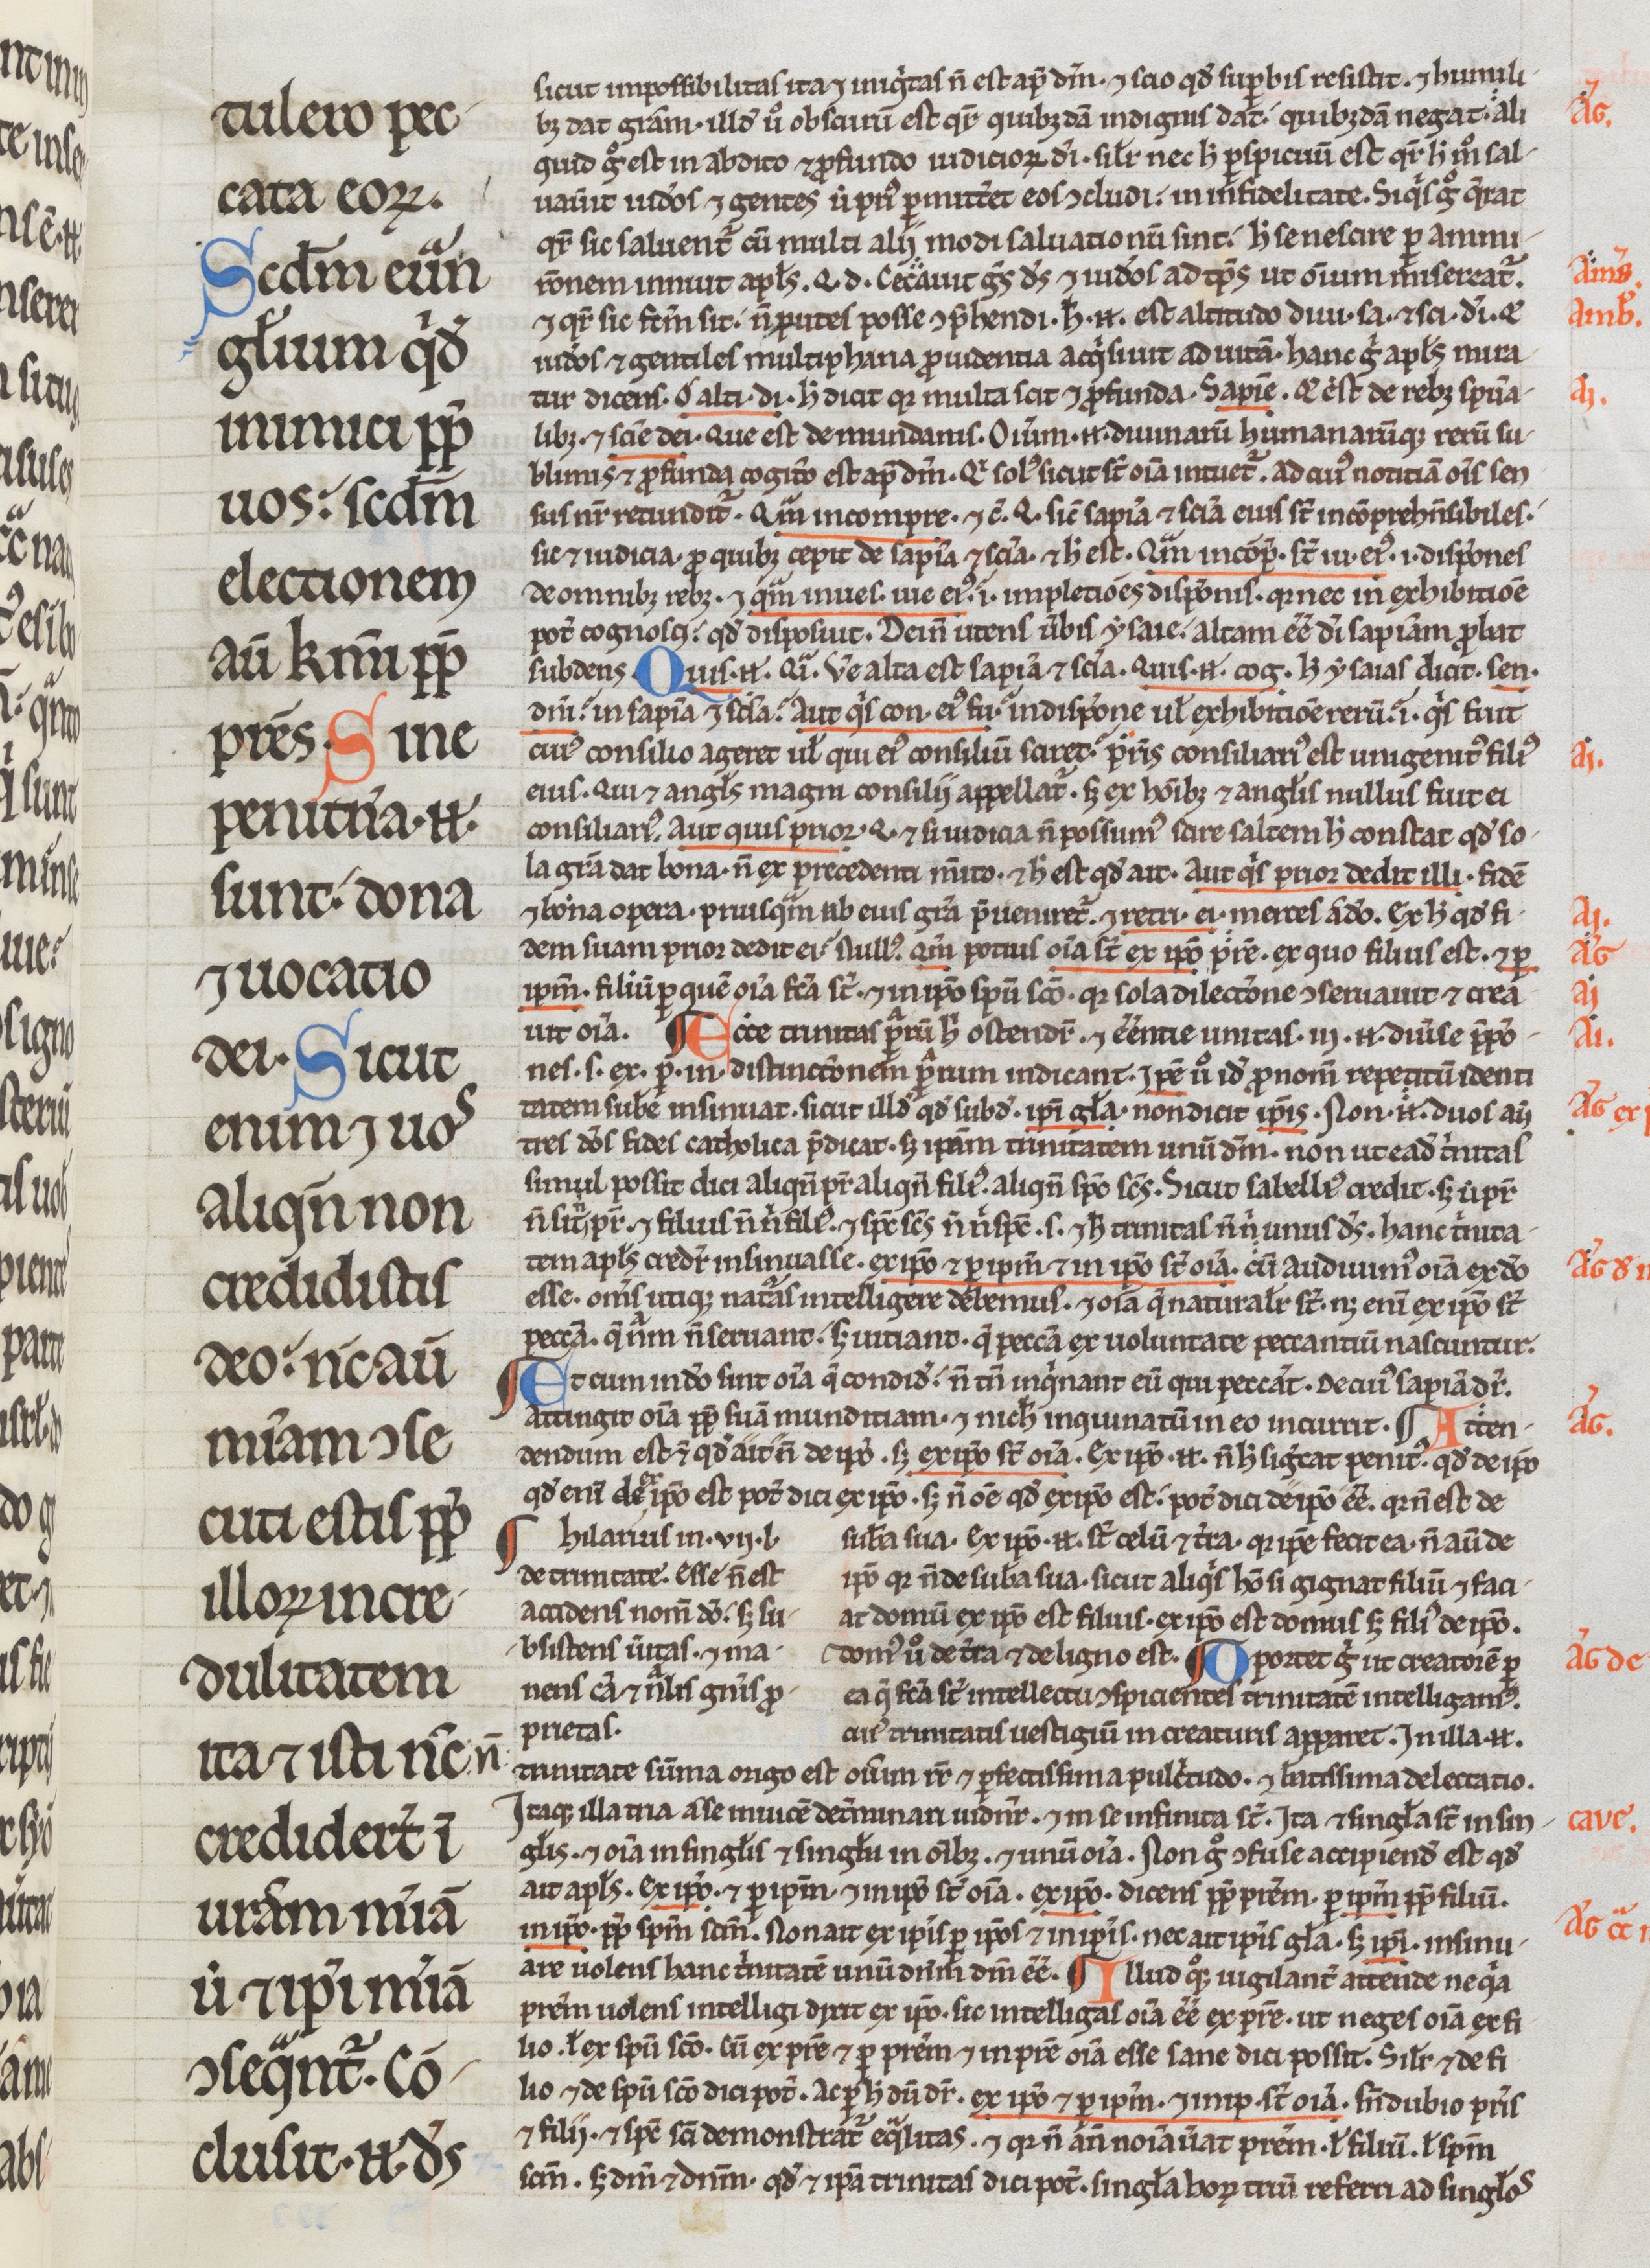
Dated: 1200–1299